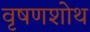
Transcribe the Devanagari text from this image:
वृषणशोथ